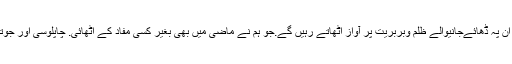
بحثیت کارکن صحافی ہم اپنے کارکن دوستوں پرجو کسی بھی اخبار کے ہوں یاچینل کے ان پہ ڈھائےجانیوالے ظلم وبربریت پر آواز اٹھاتے رہیں گے.جو ہم نے ماضی میں بھی بغیر کسی مفاد کے اٹھائی. چاپلوسی اور جوتا پالشی ہمیں گوارا نہیں.سچی اور کھری بات لکھنے اور بولنے میں عجلت نہیں رکھتے ۔